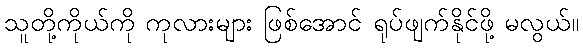
သူတို့ကိုယ်ကို ကုလားများ ဖြစ်အောင် ရုပ်ဖျက်နိုင်ဖို့ မလွယ်။